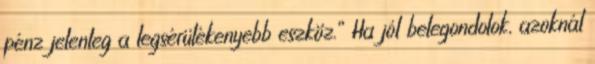
pénz jelenleg a legsérülékenyebb eszköz.” Ha jól belegondolok, azoknál